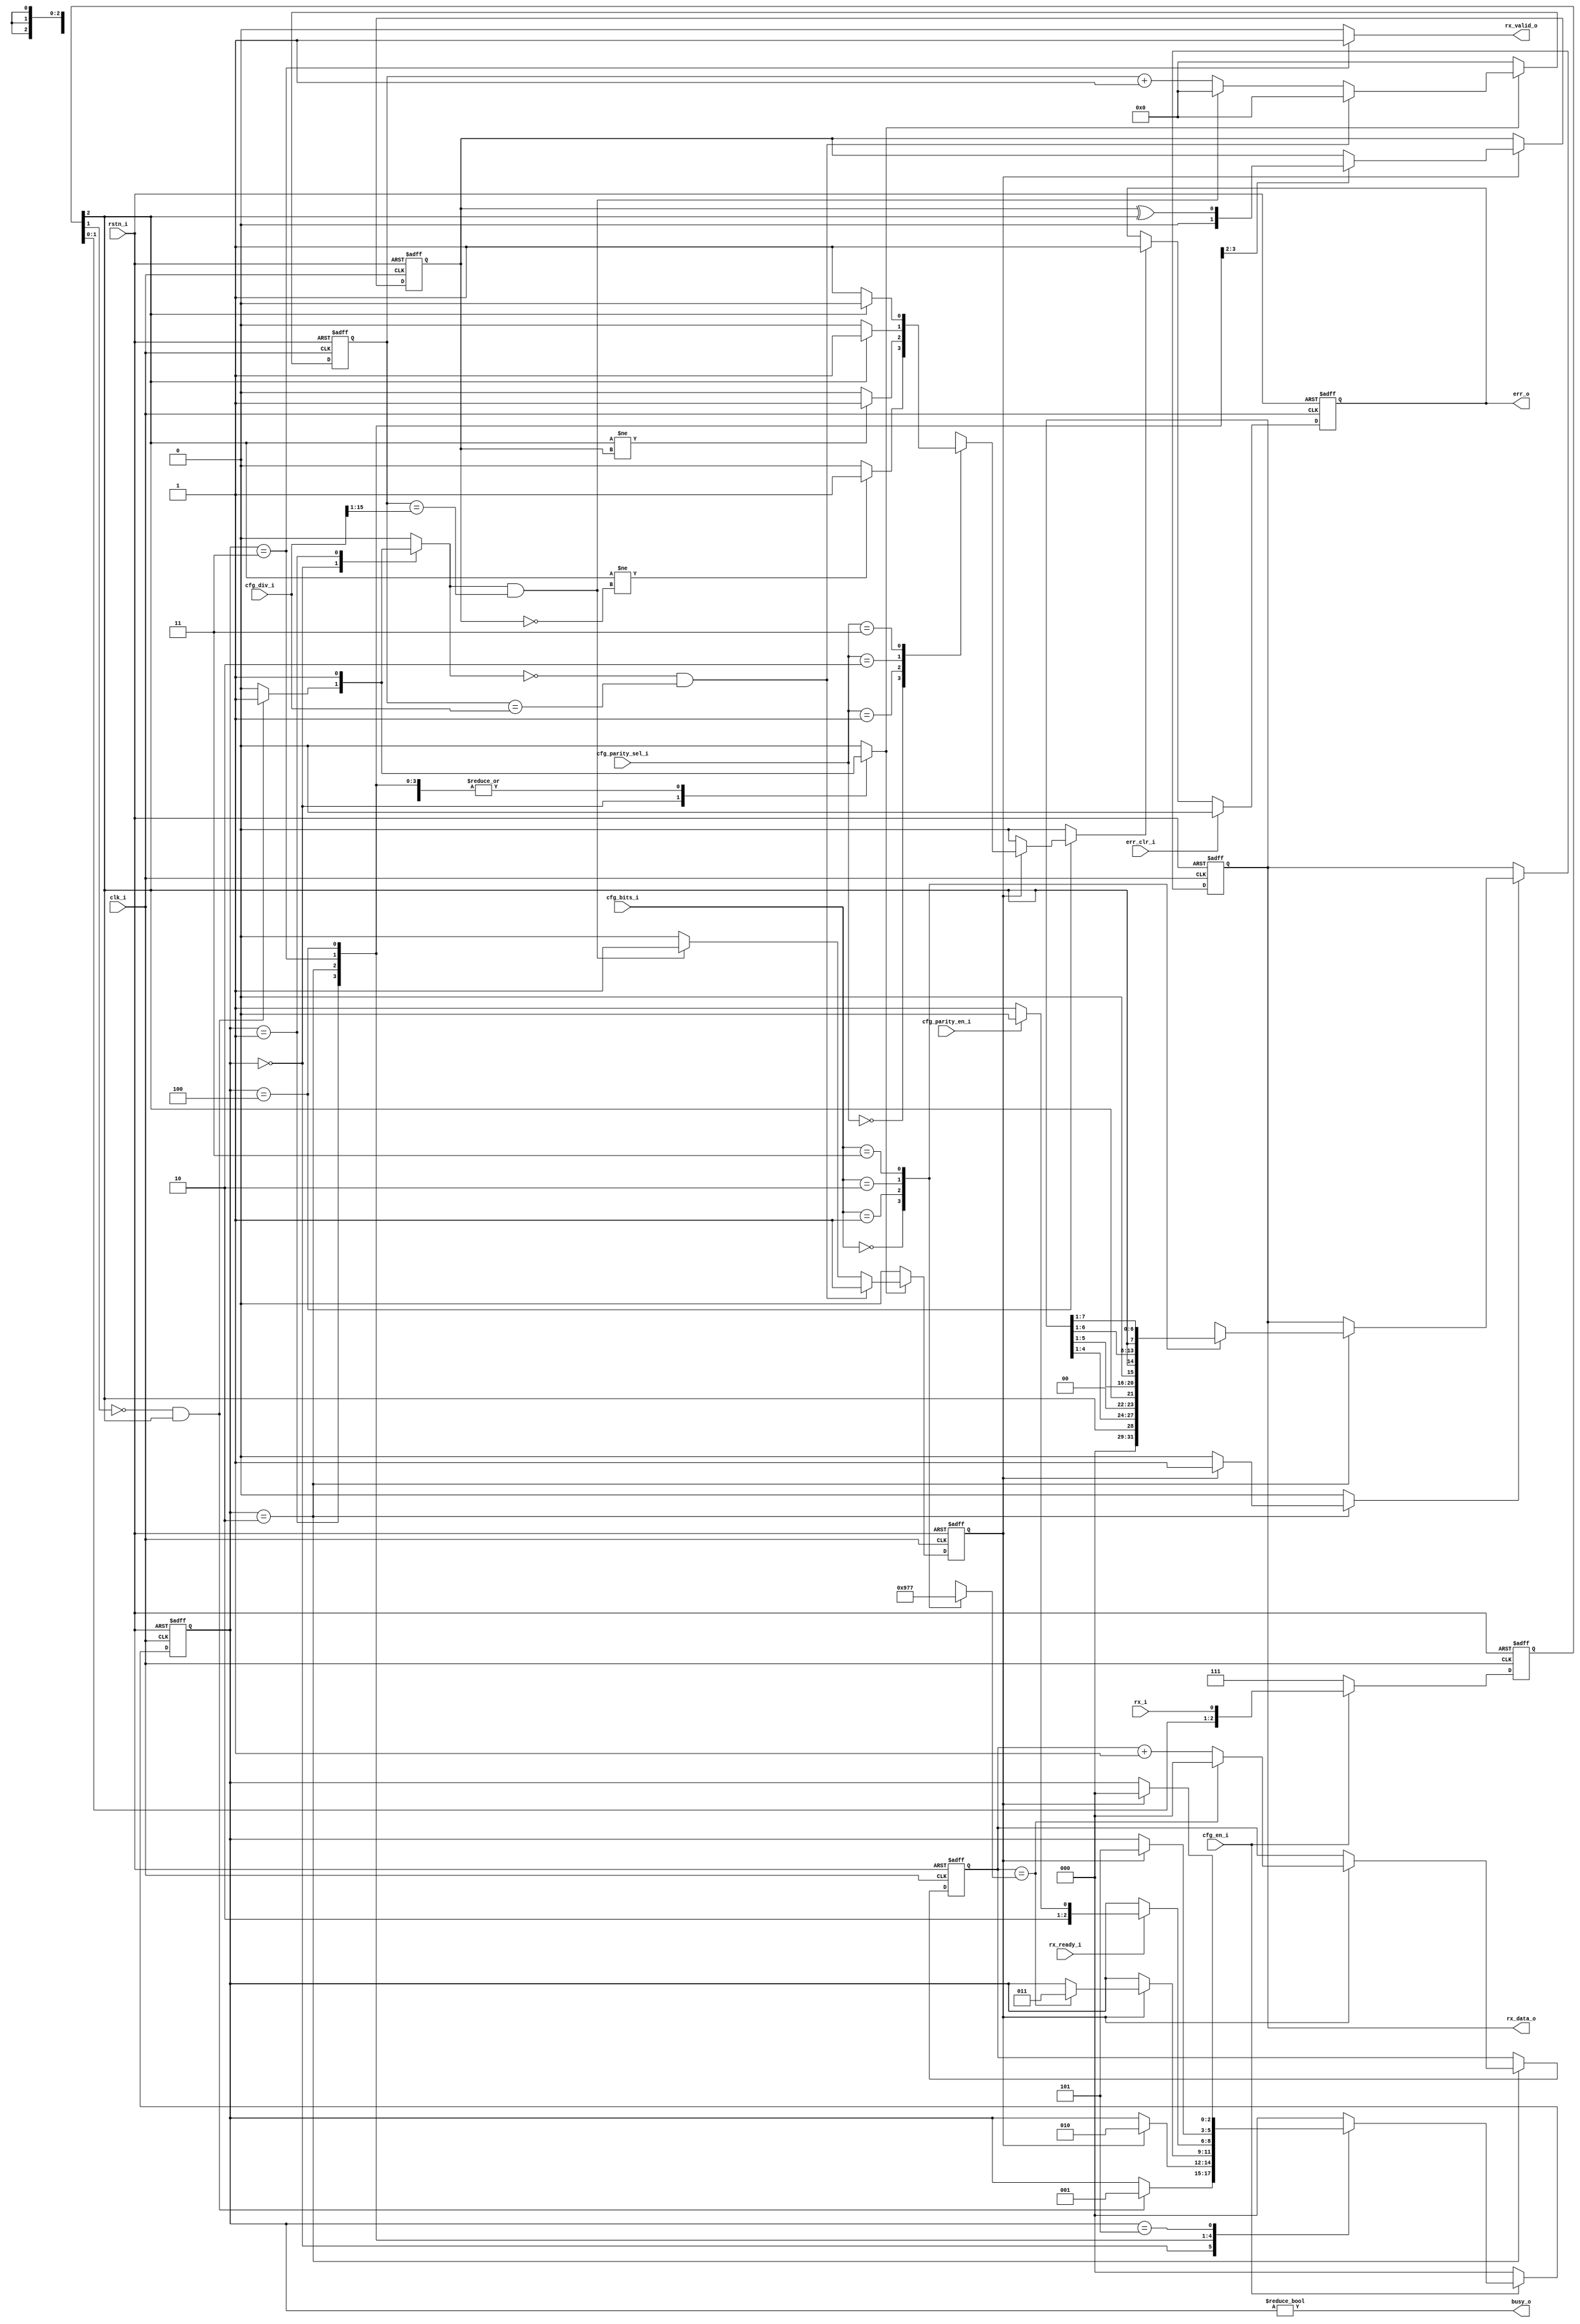
// Copyright 2017 ETH Zurich and University of Bologna.
// -- Adaptable modifications made for hbirdv2 SoC. -- 
// Copyright 2020 Nuclei System Technology, Inc.
// Copyright and related rights are licensed under the Solderpad Hardware
// License, Version 0.51 (the License); you may not use this file except in
// compliance with the License.  You may obtain a copy of the License at
// http://solderpad.org/licenses/SHL-0.51. Unless required by applicable law
// or agreed to in writing, software, hardware and materials distributed under
// this License is distributed on an AS IS BASIS, WITHOUT WARRANTIES OR
// CONDITIONS OF ANY KIND, either express or implied. See the License for the
// specific language governing permissions and limitations under the License.

module uart_rx (
    input  wire        clk_i,
    input  wire        rstn_i,
    input  wire        rx_i,
    input  wire [15:0] cfg_div_i,
    input  wire        cfg_en_i,
    input  wire        cfg_parity_en_i,
    input  wire [1:0]  cfg_parity_sel_i,
    input  wire [1:0]  cfg_bits_i,
    // input  wire        cfg_stop_bits_i,
    output wire        busy_o,
    output reg         err_o,
    input  wire        err_clr_i,
    output wire [7:0]  rx_data_o,
    output reg         rx_valid_o,
    input  wire        rx_ready_i
);

    localparam [2:0] IDLE      = 0;
    localparam [2:0] START_BIT = 1;
    localparam [2:0] DATA      = 2;
    localparam [2:0] SAVE_DATA = 3;
    localparam [2:0] PARITY    = 4;
    localparam [2:0] STOP_BIT  = 5;

    reg [2:0]  CS, NS;

    reg [7:0]  reg_data;
    reg [7:0]  reg_data_next;
    reg [2:0]  reg_rx_sync;
    reg [2:0]  reg_bit_count;
    reg [2:0]  reg_bit_count_next;

    reg [2:0]  s_target_bits;

    reg        parity_bit;
    reg        parity_bit_next;

    reg        sampleData;

    reg [15:0] baud_cnt;
    reg        baudgen_en;
    reg        bit_done;

    reg        start_bit;
    reg        set_error;
    wire       s_rx_fall;

    assign busy_o = (CS != IDLE);

    always @(*) begin
        case (cfg_bits_i)
            2'b00: s_target_bits = 3'h4;
            2'b01: s_target_bits = 3'h5;
            2'b10: s_target_bits = 3'h6;
            2'b11: s_target_bits = 3'h7;
        endcase
    end


    always @(*) begin
        NS = CS;
        sampleData = 1'b0;
        reg_bit_count_next = reg_bit_count;
        reg_data_next = reg_data;
        rx_valid_o = 1'b0;
        baudgen_en = 1'b0;
        start_bit = 1'b0;
        parity_bit_next = parity_bit;
        set_error = 1'b0;

        case (CS)
	    IDLE: begin
                if (s_rx_fall) begin
                    NS         = START_BIT;
                    baudgen_en = 1'b1;
                    start_bit  = 1'b1;
                end
	    end
            START_BIT: begin
                parity_bit_next = 1'b0;
                baudgen_en      = 1'b1;
                start_bit       = 1'b1;
                if (bit_done) NS = DATA;
            end
            DATA: begin
                baudgen_en      = 1'b1;
                parity_bit_next = parity_bit ^ reg_rx_sync[2];

                case (cfg_bits_i)
                    2'b00: reg_data_next = {3'b0, reg_rx_sync[2], reg_data[4:1]};
                    2'b01: reg_data_next = {2'b0, reg_rx_sync[2], reg_data[5:1]};
                    2'b10: reg_data_next = {1'b0, reg_rx_sync[2], reg_data[6:1]};
                    2'b11: reg_data_next = {reg_rx_sync[2], reg_data[7:1]};
                endcase

                if (bit_done) begin
                    sampleData = 1'b1;
                    if (reg_bit_count == s_target_bits) begin
                    	reg_bit_count_next = 'h0;
                    	NS = SAVE_DATA;
	            end else begin
                    	reg_bit_count_next = reg_bit_count + 1;
		    end
                end
            end
            SAVE_DATA: begin
                baudgen_en = 1'b1;
                rx_valid_o = 1'b1;
		if (rx_ready_i) begin
                    if (cfg_parity_en_i) NS = PARITY;
                    else NS = STOP_BIT;
	        end
            end
            PARITY: begin
                baudgen_en = 1'b1;
                if (bit_done) begin
                    case (cfg_parity_sel_i)
                        2'b00:
                            if (reg_rx_sync[2] != ~parity_bit) set_error = 1'b1;
                        2'b01:
                            if (reg_rx_sync[2] != parity_bit) set_error = 1'b1;
                        2'b10:
                            if (reg_rx_sync[2] != 1'b0) set_error = 1'b1;
                        2'b11:
                            if (reg_rx_sync[2] != 1'b1) set_error = 1'b1;
                    endcase
                    NS = STOP_BIT;
                end
            end
            STOP_BIT: begin
                baudgen_en = 1'b1;
                if (bit_done) NS = IDLE;
            end
            default: NS = IDLE;
        endcase
    end


    always @(posedge clk_i or negedge rstn_i) begin
        if (rstn_i == 1'b0) begin
            CS            <= IDLE;
            reg_data      <= 8'hff;
            reg_bit_count <= 'h0;
            parity_bit    <= 1'b0;
	end else begin
            if (bit_done)
                parity_bit <= parity_bit_next;
            if (sampleData)
                reg_data <= reg_data_next;

            reg_bit_count <= reg_bit_count_next;

            if (cfg_en_i)
                CS <= NS;
            else
                CS <= IDLE;
        end
    end

    assign s_rx_fall = ~reg_rx_sync[1] & reg_rx_sync[2];

    always @(posedge clk_i or negedge rstn_i) begin
        if (rstn_i == 1'b0)
            reg_rx_sync <= 3'b111;
        else if (cfg_en_i)
            reg_rx_sync <= {reg_rx_sync[1:0], rx_i};
        else
            reg_rx_sync <= 3'b111;
    end

    always @(posedge clk_i or negedge rstn_i) begin
        if (rstn_i == 1'b0) begin
            baud_cnt <= 'h0;
            bit_done <= 1'b0;
	end else if (baudgen_en) begin
            if (!start_bit && (baud_cnt == cfg_div_i)) begin
                baud_cnt <= 'h0;
                bit_done <= 1'b1;
	    end else if (start_bit && (baud_cnt == {1'b0, cfg_div_i[15:1]})) begin
                baud_cnt <= 'h0;
                bit_done <= 1'b1;
	    end else begin
                baud_cnt <= baud_cnt + 1;
                bit_done <= 1'b0;
            end
	end else begin
            baud_cnt <= 'h0;
            bit_done <= 1'b0;
        end
    end


    always @(posedge clk_i or negedge rstn_i)
        if (rstn_i == 1'b0)
            err_o <= 1'b0;
        else if (err_clr_i)
       	    err_o <= 1'b0;
        else if (set_error)
       	    err_o <= 1'b1;

    assign rx_data_o = reg_data;

endmodule